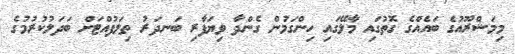
މިމަޝްރޫއުގެ ބައެއްގެ ގޮތުގައި މާލޭގައި ހިންގަމުން ގެންދާ ވިޔަފާރި ބަނދަރު ތިލަފުއްޓަށް ބަދަލުކުރުމުގެ